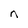
Character: n